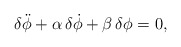
\begin{align*}\delta\ddot\phi + \alpha\,\delta\dot\phi + \beta\,\delta\phi = 0,\end{align*}